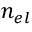
n _ { e l }